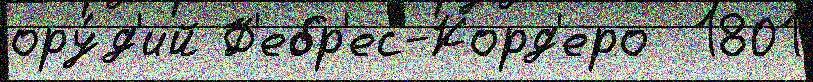
ору́д'ий Ф'ебр'ес-Корд'еро  1801